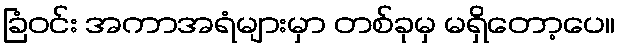
ခြံဝင်း အကာအရံများမှာ တစ်ခုမှ မရှိတော့ပေ။